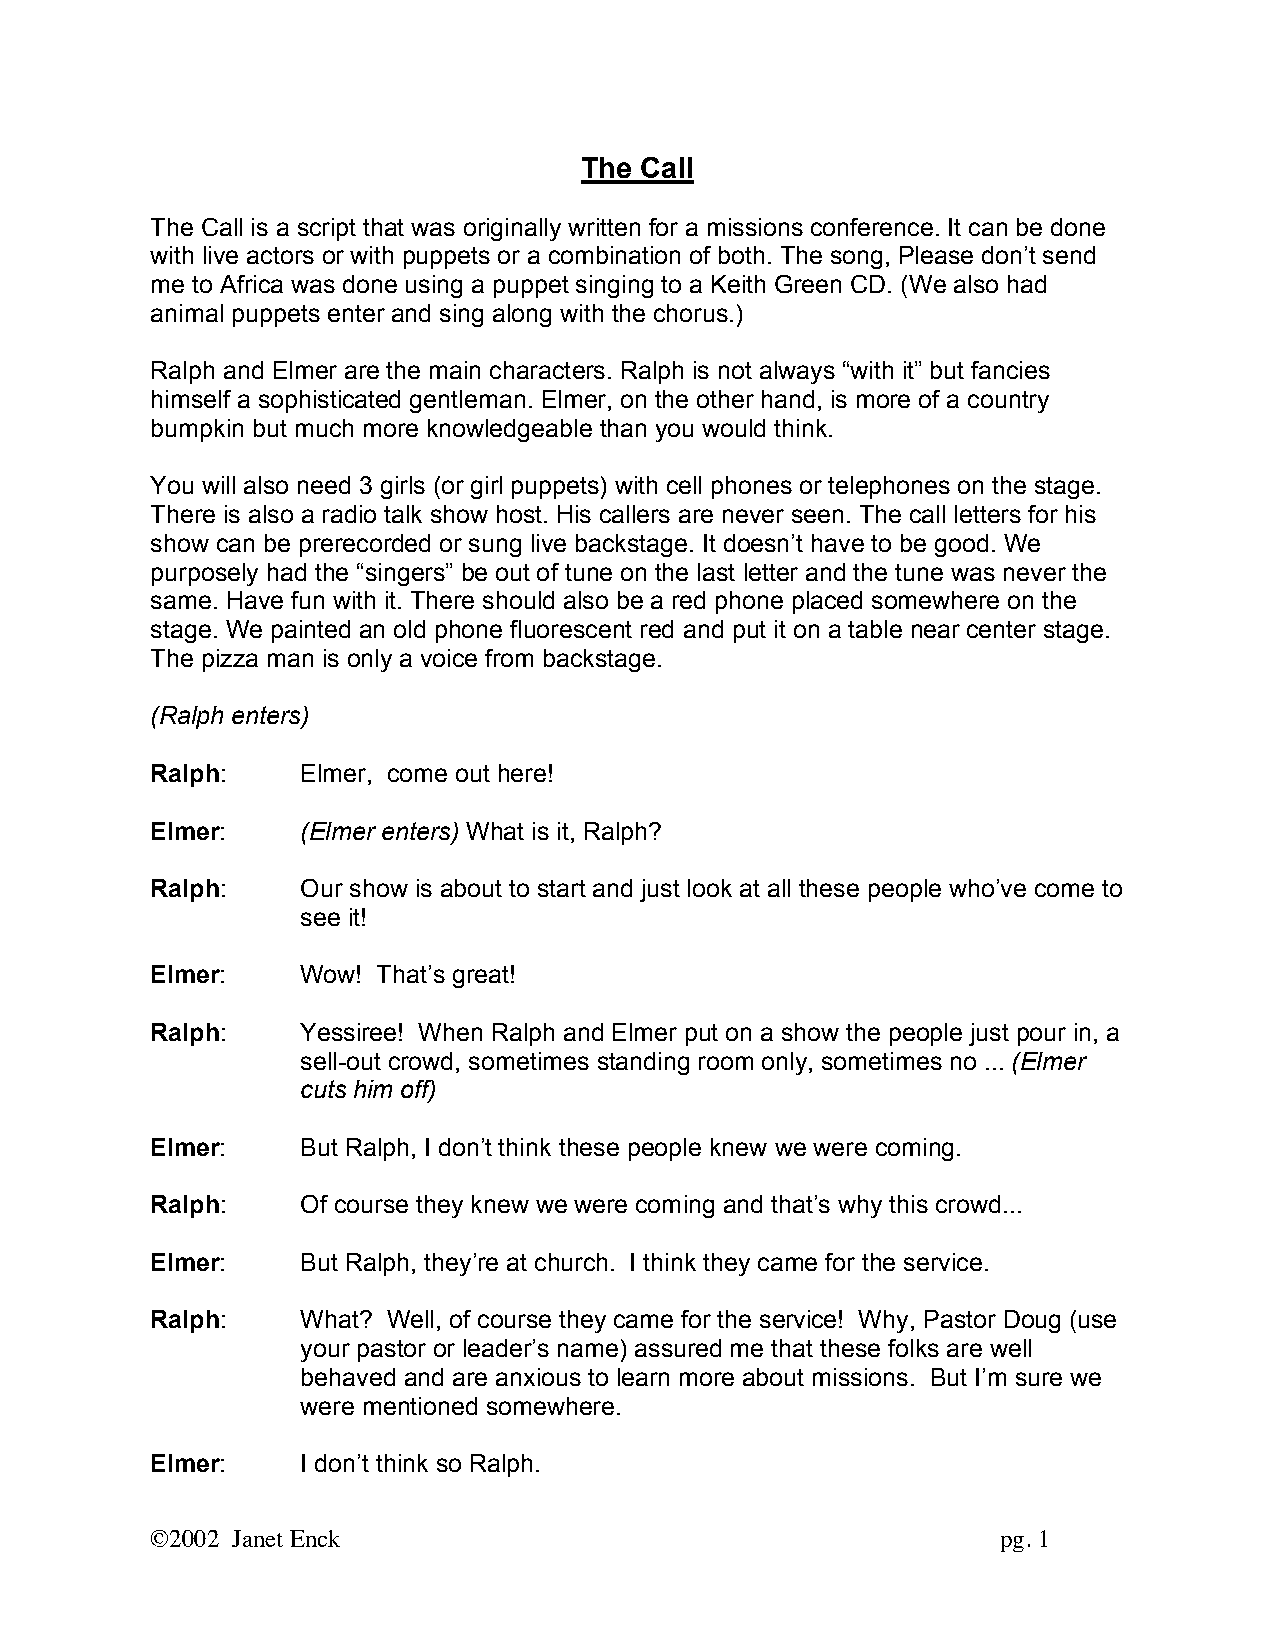
The Call
 The Call is a script that was originally written for a missions conference. It can be done
 with live actors or with puppets or a combination of both. The song, Please don’t send
 me to Africa was done using a puppet singing to a Keith Green CD. (We also had
 animal puppets enter and sing along with the chorus.)
 Ralph and Elmer are the main characters. Ralph is not always “with it” but fancies
 himself a sophisticated gentleman. Elmer, on the other hand, is more of a country
 bumpkin but much more knowledgeable than you would think.
 You will also need 3 girls (or girl puppets) with cell phones or telephones on the stage.
 There is also a radio talk show host. His callers are never seen. The call letters for his
 show can be prerecorded or sung live backstage. It doesn’t have to be good. We
 purposely had the “singers” be out of tune on the last letter and the tune was never the
 same. Have fun with it. There should also be a red phone placed somewhere on the
 stage. We painted an old phone fluorescent red and put it on a table near center stage.
 The pizza man is only a voice from backstage.
 (Ralph enters)
 Ralph:    Elmer, come out here!
 Elmer:    (Elmer enters) What is it, Ralph?
 Ralph:    Our show is about to start and just look at all these people who’ve come to
 see it!
 Elmer:    Wow! That’s great!
 Ralph:    Yessiree! When Ralph and Elmer put on a show the people just pour in, a
 sell-out crowd, sometimes standing room only, sometimes no ... (Elmer
 cuts him off)
 Elmer:    But Ralph, I don’t think these people knew we were coming.
 Ralph:    Of course they knew we were coming and that’s why this crowd...
 Elmer:    But Ralph, they’re at church. I think they came for the service.
 Ralph:    What? Well, of course they came for the service! Why, Pastor Doug (use
 your pastor or leader’s name) assured me that these folks are well
 behaved and are anxious to learn more about missions. But I’m sure we
 were mentioned somewhere.
 Elmer:    I don’t think so Ralph.
 ©2002 Janet Enck                                        pg. 1